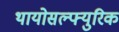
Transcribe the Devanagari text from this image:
थायोसल्फ्युरिक